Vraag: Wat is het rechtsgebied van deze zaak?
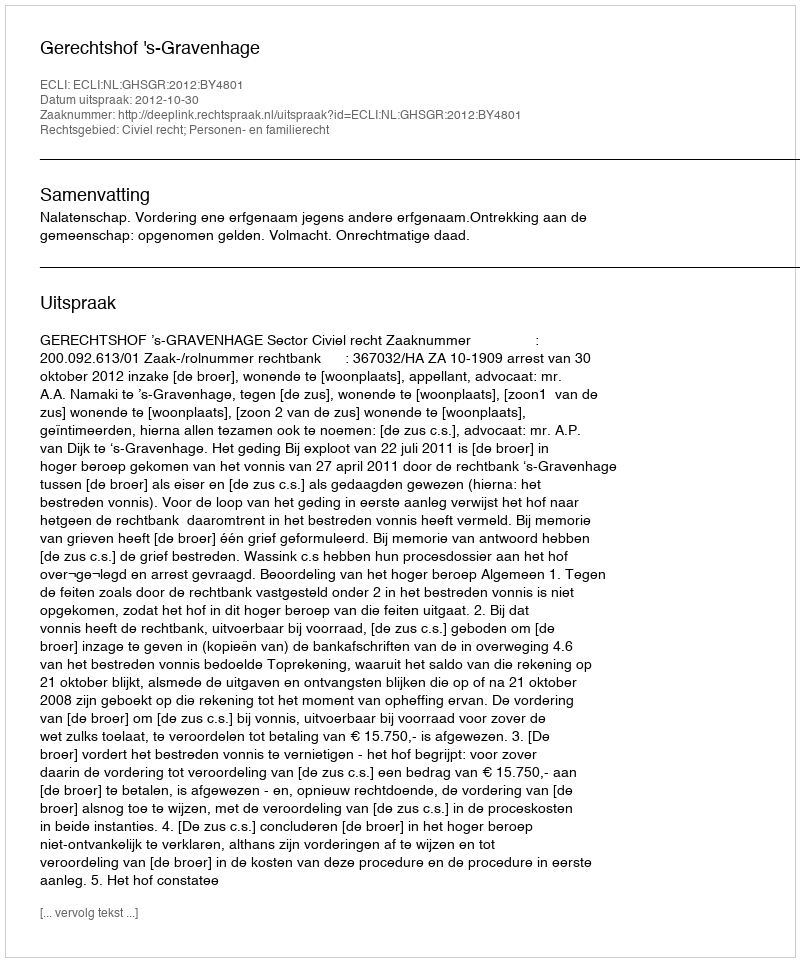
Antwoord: Civiel recht; Personen- en familierecht